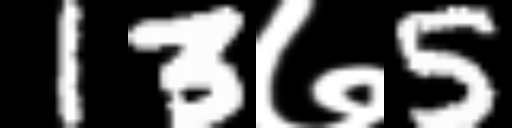
Text: 13७5